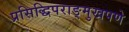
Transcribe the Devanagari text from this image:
प्रसिद्धिपराङ्‌मुखपणे